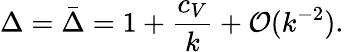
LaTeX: \Delta=\bar{\Delta}=1+{\frac{c_{V}}{k}}+{\cal O}(k^{-2}).